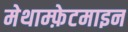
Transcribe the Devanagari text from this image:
मेथाम्फ़ेटमाइन